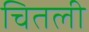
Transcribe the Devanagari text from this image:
चितली